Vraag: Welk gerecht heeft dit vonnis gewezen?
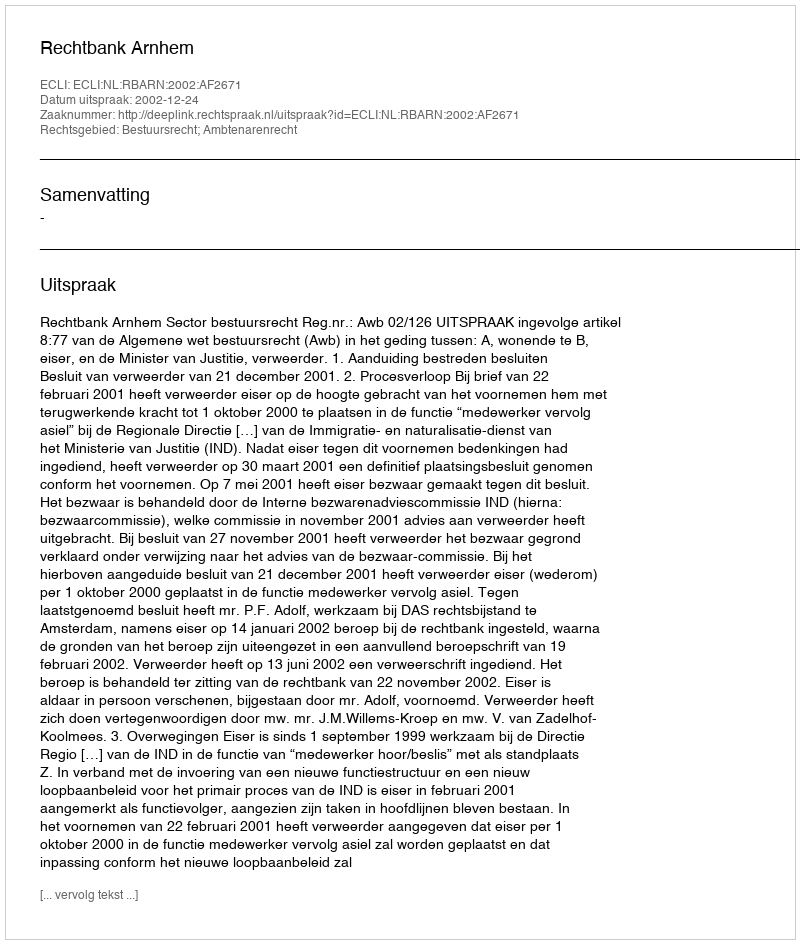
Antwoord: Rechtbank Arnhem